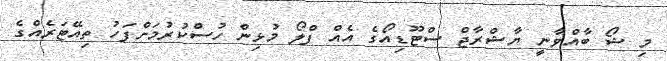
މި ޝޯ ބާއްވާނީ ޔާޝްރާޖް ސްޓޫޑިއޯގެ އެއް ފްލޯ މުޅިން ހުސްކުރުމަށްފަހު ތިއޭޓަރެއްގެ